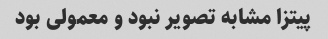
پیتزا مشابه تصویر نبود و معمولی بود